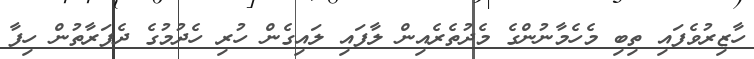
ހާޒިރުވެފައި ތިބި މެހެމާނުންގެ މެދުތެރެއިން ލާފައި ލައިގެން ހުރި ހެދުމުގެ ދެފަރާތުން ހިފާ